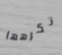
تكرهها